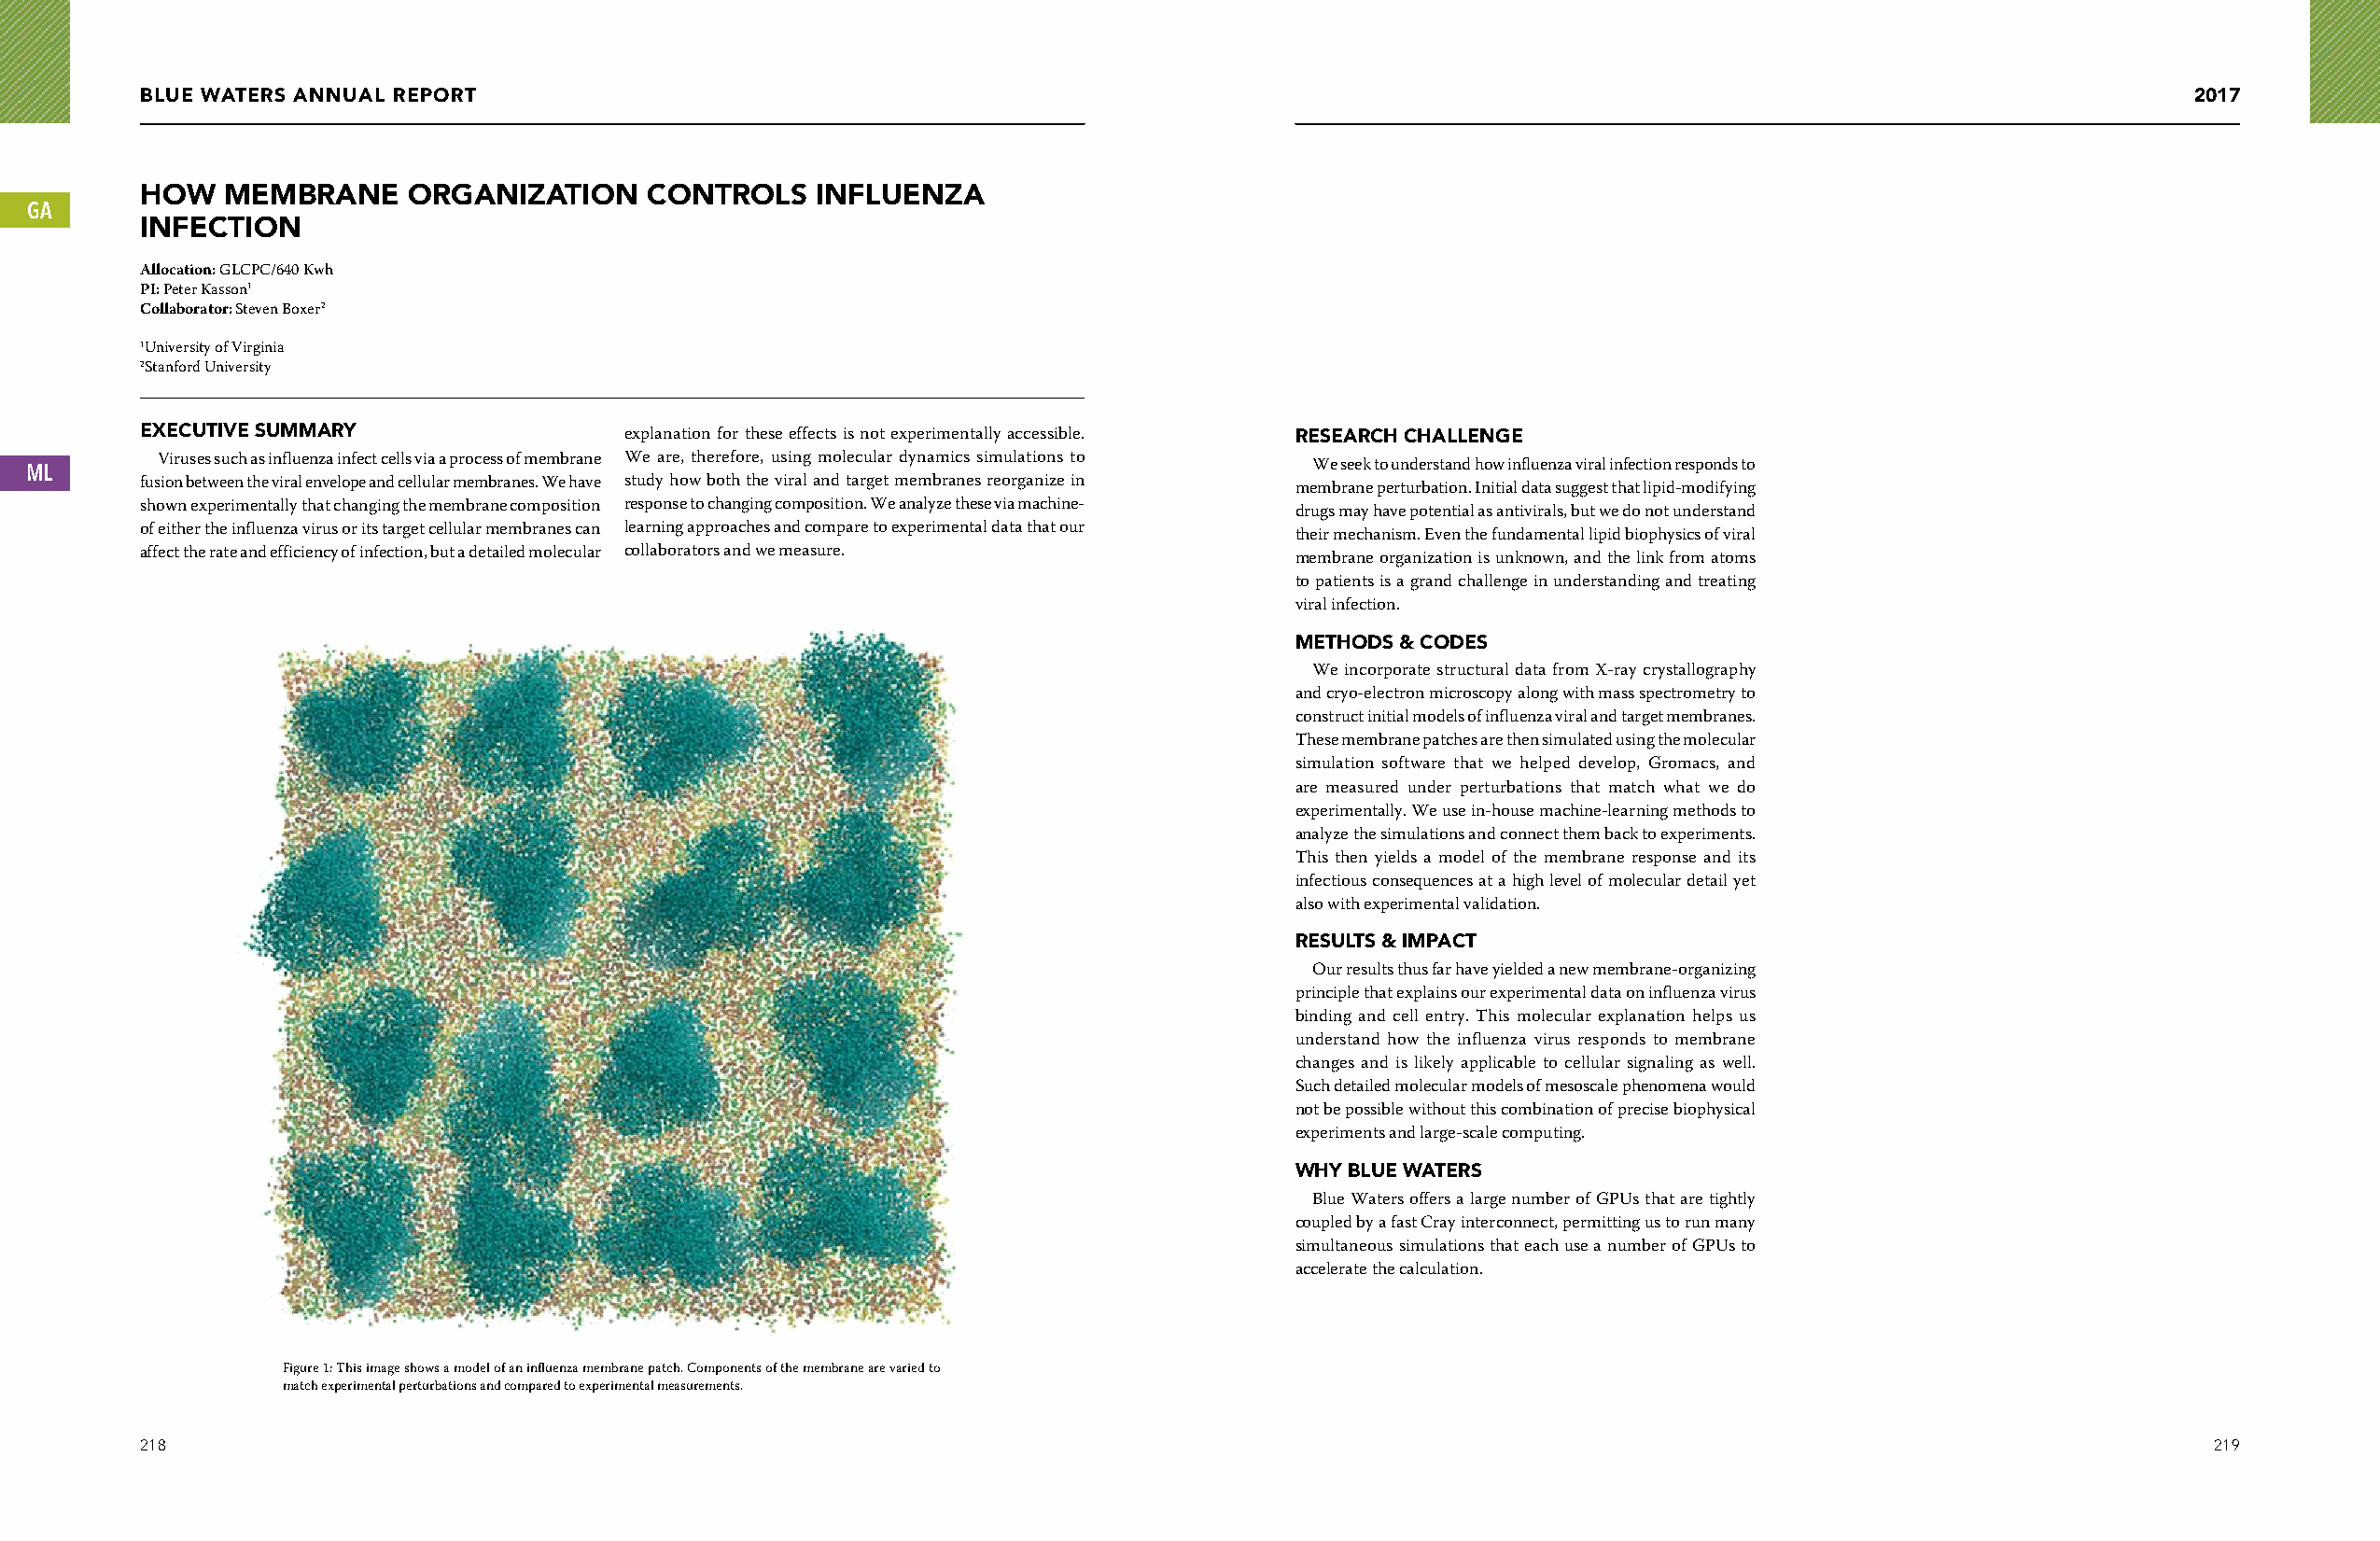
BLUE WATERS ANNUAL REPORT                                                                                                                         2017
 HOW   MEMBRANE     ORGANIZATION     CONTROLS    INFLUENZA
 GA
 INFECTION
 Allocation: GLCPC/640 Kwh
 PI: Peter Kasson1
 Collaborator: Steven Boxer2
 1University of Virginia
 2Stanford University
 EXECUTIVE SUMMARY                 explanation for these effects is not experimentally accessible. RESEARCH CHALLENGE
 Viruses such as influenza infect cells via a process of membrane We are, therefore, using molecular dynamics simulations to We seek to understand how influenza viral infection responds to
 ML
 fusion between the viral envelope and cellular membranes. We have study how both the viral and target membranes reorganize in membrane perturbation. Initial data suggest that lipid-modifying
 shown experimentally that changing the membrane composition response to changing composition. We analyze these via machine- drugs may have potential as antivirals, but we do not understand
 of either the influenza virus or its target cellular membranes can learning approaches and compare to experimental data that our their mechanism. Even the fundamental lipid biophysics of viral
 affect the rate and efficiency of infection, but a detailed molecular collaborators and we measure. membrane organization is unknown, and the link from atoms
 to patients is a grand challenge in understanding and treating
 viral infection.
 METHODS & CODES
 We incorporate structural data from X-ray crystallography
 and cryo-electron microscopy along with mass spectrometry to
 construct initial models of influenza viral and target membranes.
 These membrane patches are then simulated using the molecular
 simulation software that we helped develop, Gromacs, and
 are measured under perturbations that match what we do
 experimentally. We use in-house machine-learning methods to
 analyze the simulations and connect them back to experiments.
 This then yields a model of the membrane response and its
 infectious consequences at a high level of molecular detail yet
 also with experimental validation.
 RESULTS & IMPACT
 Our results thus far have yielded a new membrane-organizing
 principle that explains our experimental data on influenza virus
 binding and cell entry. This molecular explanation helps us
 understand how the influenza virus responds to membrane
 changes and is likely applicable to cellular signaling as well.
 Such detailed molecular models of mesoscale phenomena would
 not be possible without this combination of precise biophysical
 experiments and large-scale computing.
 WHY BLUE WATERS
 Blue Waters offers a large number of GPUs that are tightly
 coupled by a fast Cray interconnect, permitting us to run many
 simultaneous simulations that each use a number of GPUs to
 accelerate the calculation.
 Figure 1: This image shows a model of an influenza membrane patch. Components of the membrane are varied to
 match experimental perturbations and compared to experimental measurements.
 218                                                                                                                                                219